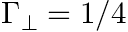
\Gamma _ { \perp } = 1 / 4